Annual administration report of the Civil Veterinary Department, Sind - 1939-1940
Year: 1939
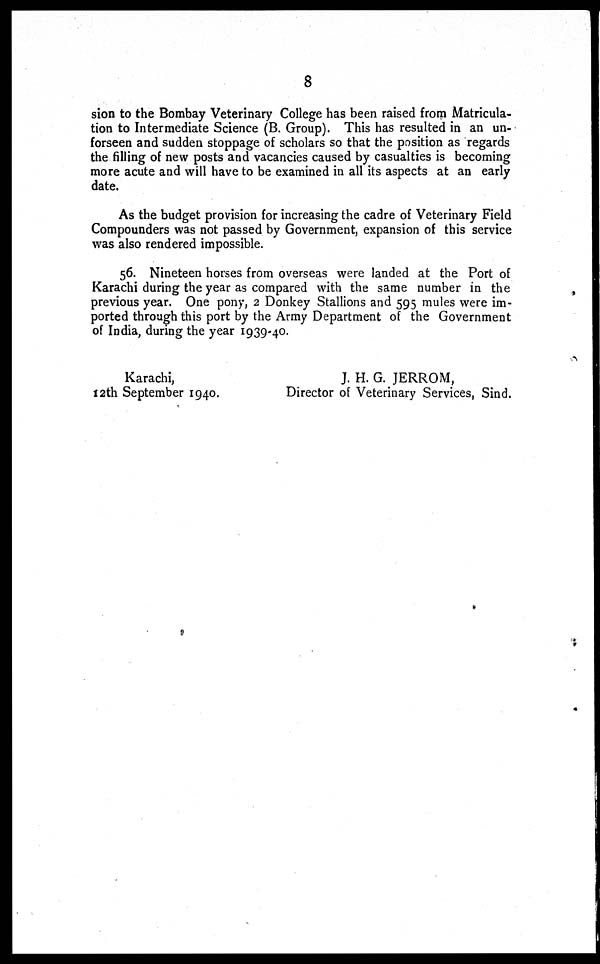
8
sion to the Bombay Veterinary College has been raised from Matricula-
tion to Intermediate Science (B. Group). This has resulted in an un-
forseen and sudden stoppage of scholars so that the position as regards
the filling of new posts and vacancies caused by casualties is becoming
more acute and will have to be examined in all its aspects at an early
date.
As the budget provision for increasing the cadre of Veterinary Field
Compounders was not passed by Government, expansion of this service
was also rendered impossible.
56. Nineteen horses from overseas were landed at the Port of
Karachi during the year as compared with the same number in the
previous year. One pony, 2 Donkey Stallions and 595 mules were im-
ported through this port by the Army Department of the Government
of India, during the year 1939-40.
Karachi,
12th September 1940.
J. H. G. JERROM,
Director of Veterinary Services, Sind.